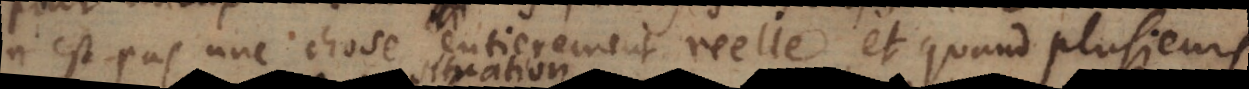
n’est pas une chose entierement reelle, et quand plusieurs